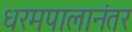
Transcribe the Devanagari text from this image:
धरमपालानंतर